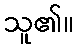
သူ၏။